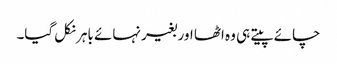
چائے پیتے ہی وہ اٹھا اور بغیر نہائے باہر نکل گیا۔